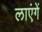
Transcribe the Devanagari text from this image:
लाएंगें